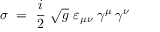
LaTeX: \sigma \ = \ \frac i 2 \ \sqrt { g } \ \varepsilon _ { \mu \nu } \; \gamma ^ { \mu } \, \gamma ^ { \nu }